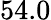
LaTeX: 54.0